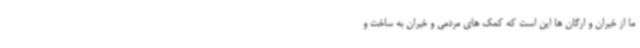
ما از خیران و ارگان ها این است که کمک های مردمی و خیران به ساخت و